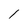
Character: 1